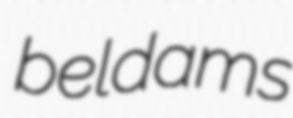
beldams